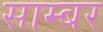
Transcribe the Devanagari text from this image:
साम्बर